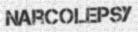
NARCOLEPSY